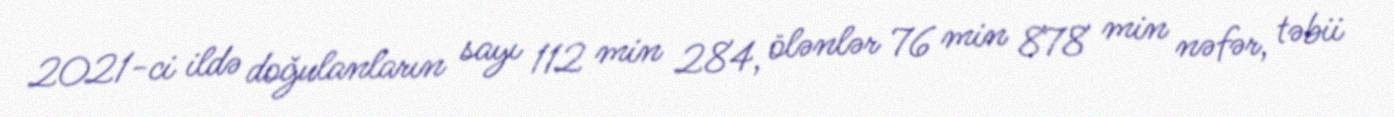
2021-ci ildə doğulanların sayı 112 min 284, ölənlər 76 min 878 min nəfər, təbii